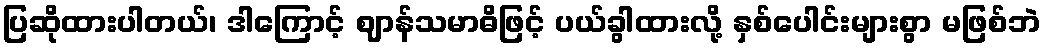
ပြဆိုထားပါတယ်၊ ဒါကြောင့် ဈာန်သမာဓိဖြင့် ပယ်ခွါထားလို့ နှစ်ပေါင်းများစွာ မဖြစ်ဘဲ